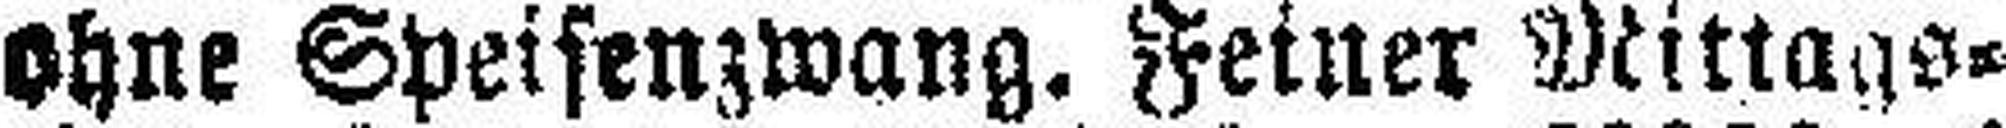
ohne Speisenzwang. Feiner Mittags¬